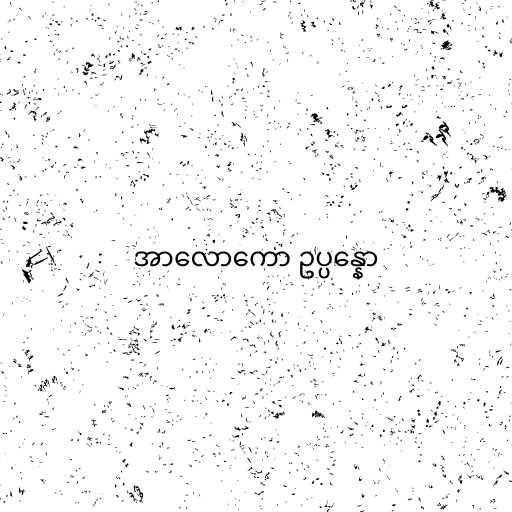
အာလောကော ဥပ္ပန္နော